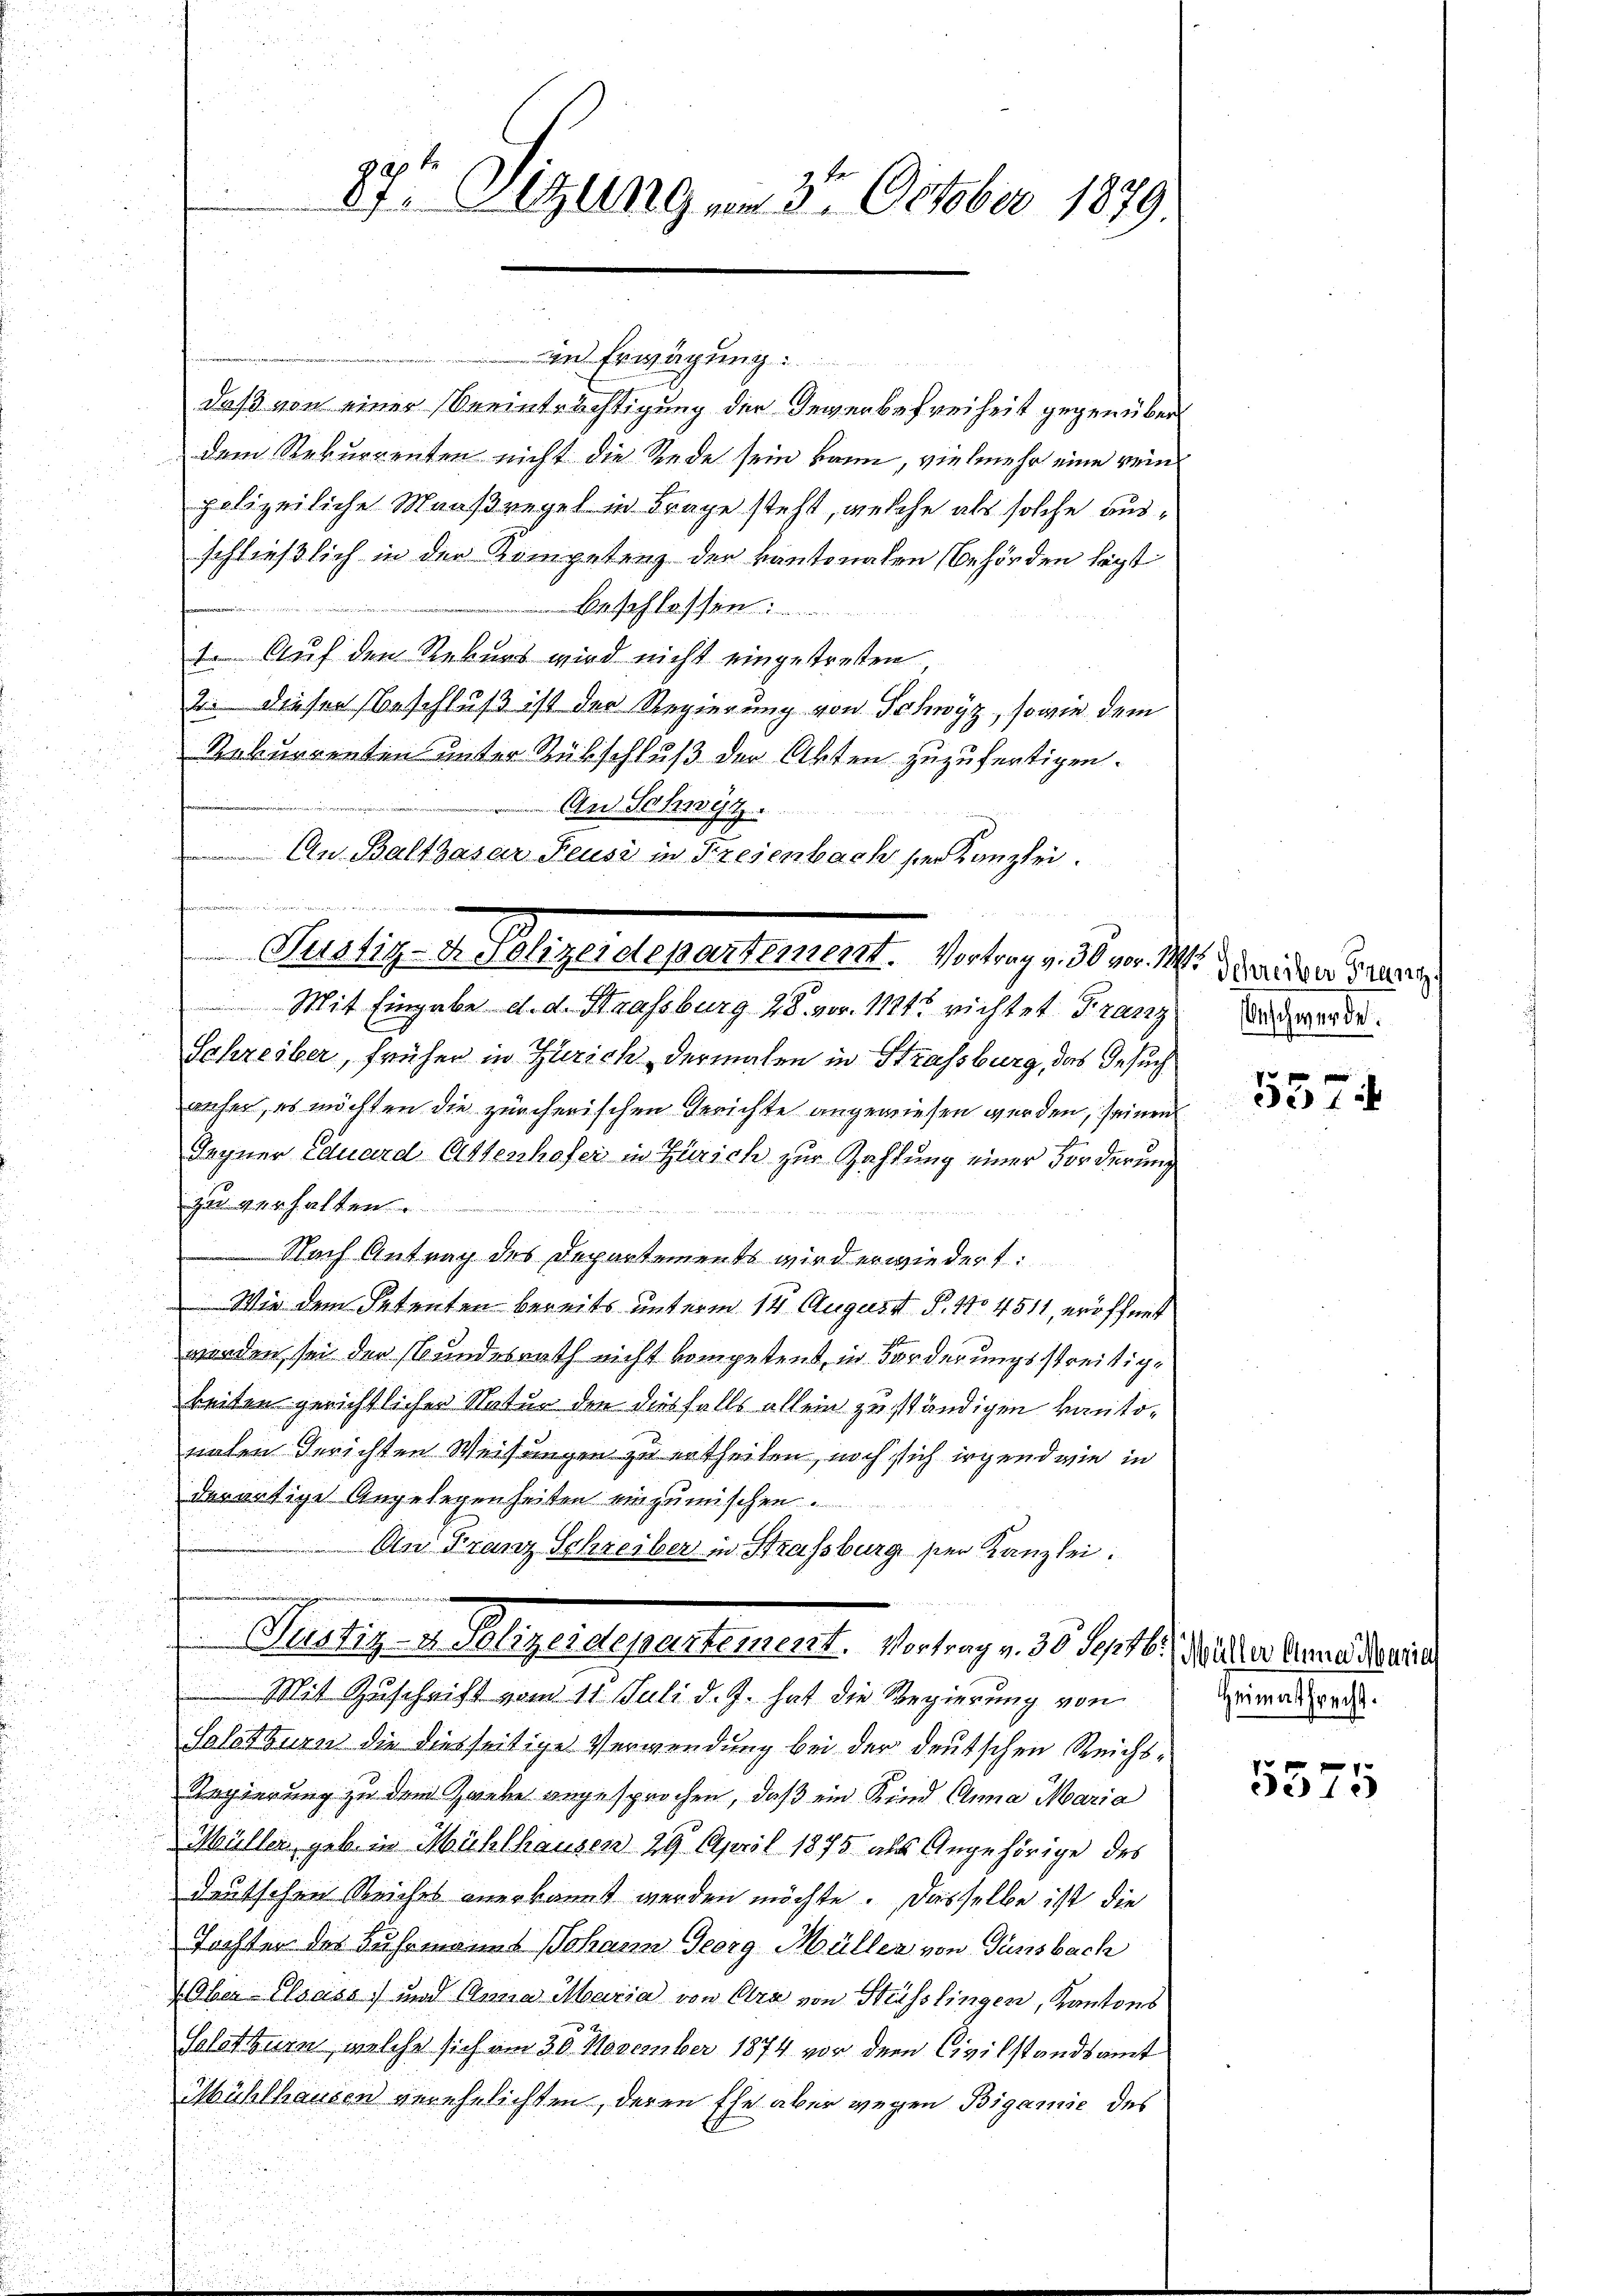
ga
.
37 lung vom 3te͇n October 1879.

n Erwägung
daß von einer Beeinträchtigung der Gewerbefreiheit gegenüberdem Rekurrenten nicht die Rede sein kann, vielmehr eine rein
polizeiliche Maaßregel in Frage steht, welche als solche ausschließlich in der Kompetenz der kantonalen Behörden legt
Beschlassen:
 Auf den Rebers wird nicht eingetreten,
2. diesen Beschluß ist der Regierung von Schwyz, sowie dem
Rakungenten unter Rübschluß der Akten zuzufertigen.
An Schwyz.
An Balthasar Feusi in Fresenbach der Kanzlei.
n angen de
Pessig- V. Polizeielementement. Vertrag , 30 v. M. Meriden Berein

Mit Eingabe d. d. Strassburg 28. vor 11212 richtet Franz

Schreiber, früher in Zürich dermalen in Strassburg, das Gesuch
anfer, es möchten die zürcherischen Gerichte angewiesen werden, seinen
Segner Eduard Ottenhofer in Zürich zur Zahlung einer Forderung
zur verhalten.
Nach Antrag des Departements wird erwiedert:
Wie dem Petenten bereits unterm 14. August P. 110 4511, eröffnet
worden sei den Bundesrath nicht kompetent, in Forderungsstreitigkeiten gerichtlicher Natur den diesfalls allein zuständigen kantonaten Gerichten Weisungen zu ertheilen, noch sich irgend wie in
derartige Angelegenheiten einzumischen.
An Franz Schreiber in Strassburg sei Kanzlei.

Justig. v. Pligendepartement. Vertrag v. 30. St. Geister beredeviert

Mit Zuschrift vom 11. Juli d. J. hat die Regierung von
Solothuren die diesseitige Verwendung bei der deutschen Reichs¬
Regierung zu dem Zaube angesprochen, daß ein Kind Anna Maria
Müller geb. in Mühlhausen 29. April 1875 als Angehörige des
deutschen Reiches anerkannt werden möchte. Dasselbe ist die
Tochter des Fuhrmanns Johann Georg Müller von Gänsbach
Ober-Elsass) und Anna Maria von Cra von Strässlingen, Kantons
.
Solothurn, welche sich am 30. November 1874 vor dem Civilstandsamt
Mühlhausen verehelichten, deren Ehe aber wegen Bigamie des

eschwerde.

557

Heimathrecht.

5575